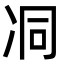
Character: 㓊